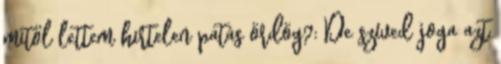
mitől lettem hirtelen patás ördög?: De szíved joga azt